Note on the mental hospitals in Burma - 1925-1940
Year: 1925
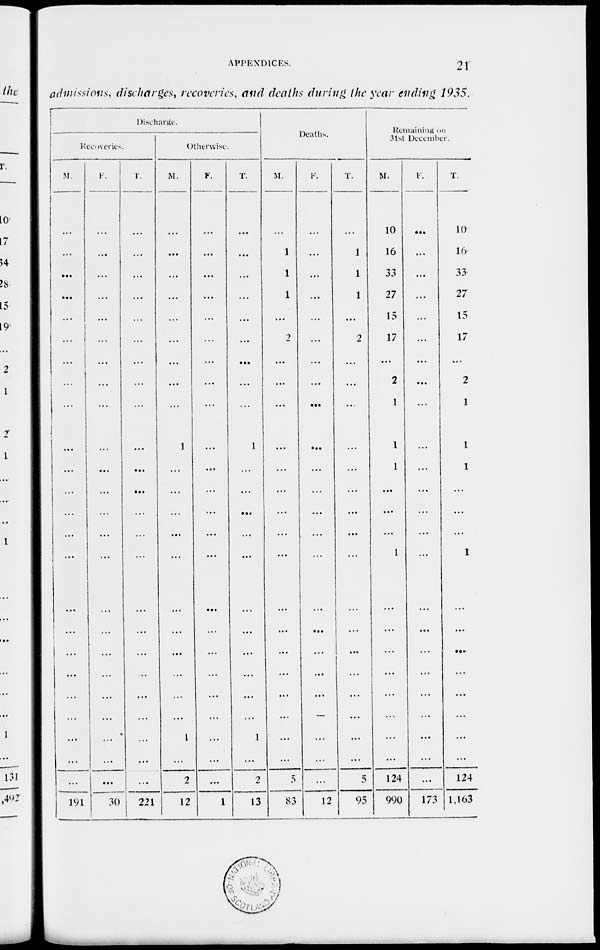
APPENDICES.
21
admissions, discharges, recoveries, and deaths during the year ending 1935.
Discharge.
Recoveries.
M.
...
...
...
...
...
...
...
...
...
...
...
...
...
...
...
...
...
...
...
...
...
...
...
...
191
F.
...
...
...
...
...
...
...
...
...
...
...
...
...
...
...
...
...
...
...
...
...
...
...
...
30
T.
...
...
...
...
...
...
...
...
...
...
...
...
...
...
...
...
...
...
...
...
...
...
...
...
221
Otherwise.
M.
...
...
...
...
...
...
...
...
...
1
...
...
...
...
...
...
...
...
...
...
...
1
...
2
12
F.
...
...
...
...
...
...
...
...
...
...
...
...
...
...
...
...
...
...
...
...
...
...
...
...
1
T.
...
...
...
...
...
...
...
...
...
1
...
...
...
...
...
...
...
...
...
...
...
1
...
2
13
Deaths.
M.
...
1
1
1
...
2
...
...
...
...
...
...
...
...
...
...
...
...
...
...
...
...
...
5
83
F.
...
...
...
...
...
...
...
...
...
...
...
...
...
...
...
...
...
...
...
...
...
...
...
...
12
T.
...
1
1
1
...
2
...
...
...
...
...
...
...
...
...
...
...
...
...
...
...
...
...
5
95
Remaining on
31st December.
M.
10
16
33
27
15
17
...
2
1
1
1
...
...
...
1
...
...
...
...
...
...
...
...
124
990
F.
...
...
...
...
...
...
...
...
...
...
...
...
...
...
...
...
...
...
...
...
...
...
...
...
173
T.
10
16
33
27
15
17
...
2
1
1
1
...
...
...
1
...
...
...
...
...
...
...
...
124
1,163